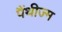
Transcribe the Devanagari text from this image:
पैंथीज्म